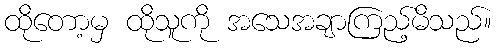
ထိုတော့မှ ထိုသူကို အသေအချာကြည့်မိသည်။